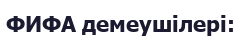
ФИФА демеушілері: